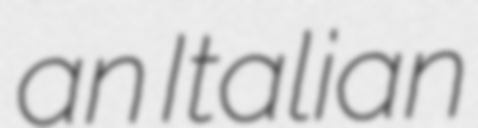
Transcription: an Italian